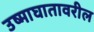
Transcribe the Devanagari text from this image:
उष्माघातावरील